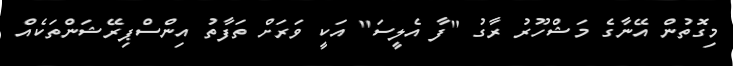
މިގޮތުން އޭނާގެ މަޝްހޫރު ރާގު "ފާ އެލީސަ" އަކީ ވަރަށް ތަފާތު އިންސްޕިރޭޝަންތަކެއް